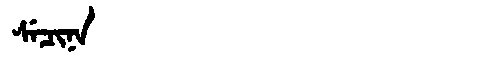
Manchu: ᠰᡝᠴᡳᠨᠠ
Romanization: SECINA